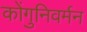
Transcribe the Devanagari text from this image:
कोंगुनिवर्मन